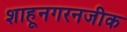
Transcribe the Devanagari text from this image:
शाहूनगरनजीक